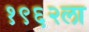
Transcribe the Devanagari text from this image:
१९६२ला